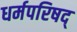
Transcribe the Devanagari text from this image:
धर्मपरिषद्